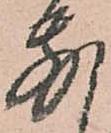
別